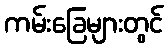
ကမ်းခြေများတွင်